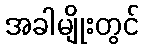
အခါမျိုးတွင်